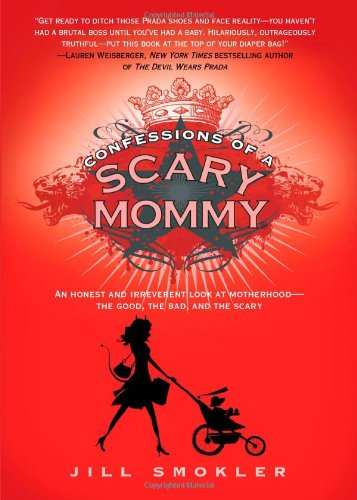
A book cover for Confessions of a Scary Mommy: An Honest and Irreverent Look at Motherhood - The Good, The Bad, and the Scary; Jill Smokler; Humor & Entertainment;